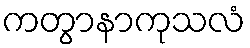
ကတွာနာကုသလံ